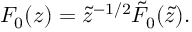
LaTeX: F _ { 0 } ( z ) = \tilde { z } ^ { - 1 / 2 } \tilde { F } _ { 0 } ( \tilde { z } ) .